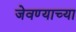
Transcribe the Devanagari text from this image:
जेवण्याच्या